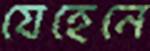
যেহেনে